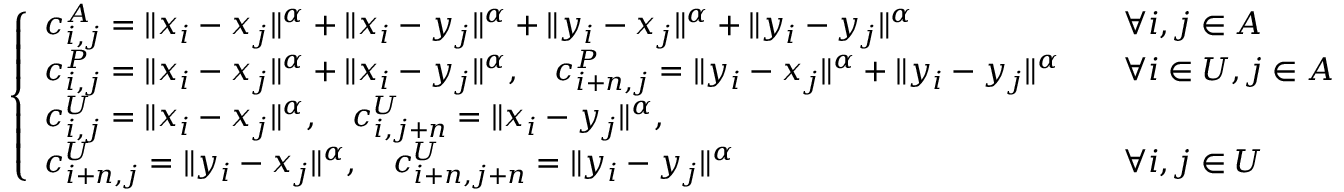
\left\{ \begin{array} { l l } { c _ { i , j } ^ { A } = \| x _ { i } - x _ { j } \| ^ { \alpha } + \| x _ { i } - y _ { j } \| ^ { \alpha } + \| y _ { i } - x _ { j } \| ^ { \alpha } + \| y _ { i } - y _ { j } \| ^ { \alpha } \quad } & { \forall i , j \in A } \\ { c _ { i , j } ^ { P } = \| x _ { i } - x _ { j } \| ^ { \alpha } + \| x _ { i } - y _ { j } \| ^ { \alpha } , \quad c _ { i + n , j } ^ { P } = \| y _ { i } - x _ { j } \| ^ { \alpha } + \| y _ { i } - y _ { j } \| ^ { \alpha } \quad } & { \forall i \in U , j \in A } \\ { c _ { i , j } ^ { U } = \| x _ { i } - x _ { j } \| ^ { \alpha } , \quad c _ { i , j + n } ^ { U } = \| x _ { i } - y _ { j } \| ^ { \alpha } , } & \\ { c _ { i + n , j } ^ { U } = \| y _ { i } - x _ { j } \| ^ { \alpha } , \quad c _ { i + n , j + n } ^ { U } = \| y _ { i } - y _ { j } \| ^ { \alpha } \quad } & { \forall i , j \in U } \end{array} \right.